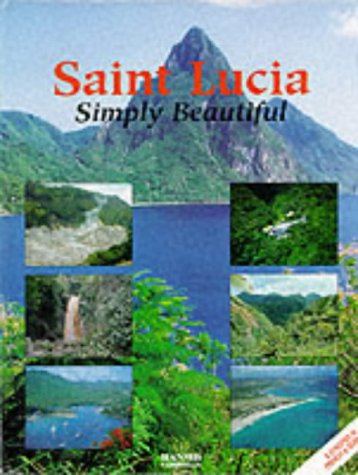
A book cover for Saint Lucia: Simply Beautiful; Travel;